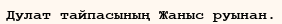
Дулат тайпасының Жаныс руынан.